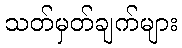
သတ်မှတ်ချက်များ